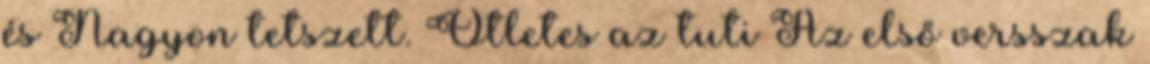
és Nagyon tetszett. Ötletes az tuti Az első versszak